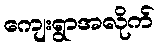
ကျေးရွာအလိုက်